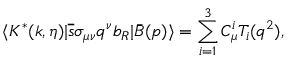
\langle K ^ { * } ( k , \eta ) | \overline { { { s } } } \sigma _ { \mu \nu } q ^ { \nu } b _ { R } | \bar { B } ( p ) \rangle = \sum _ { i = 1 } ^ { 3 } C _ { \mu } ^ { i } T _ { i } ( q ^ { 2 } ) ,